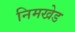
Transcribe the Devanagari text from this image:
निमखेड